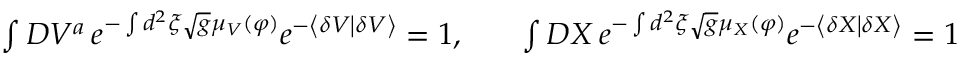
\begin{array} { c c c } { { \int { D V ^ { a } } \, e ^ { - \int { d ^ { 2 } \xi \sqrt g } \mu _ { V } ( \varphi ) } e ^ { - \left\langle { { \delta V } } \mathrel { \left| { \vphantom { { \delta V } { \delta V } } } \right. \kern - \nulldelimiterspace } { { \delta V } } \right\rangle } = 1 , } } & { { } } & { { \int { D X } \, e ^ { - \int { d ^ { 2 } \xi \sqrt g } \mu _ { X } ( \varphi ) } e ^ { - \left\langle { { \delta X } } \mathrel { \left| { \vphantom { { \delta X } { \delta X } } } \right. \kern - \nulldelimiterspace } { { \delta X } } \right\rangle } = 1 } } \end{array}